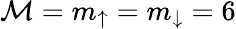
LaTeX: \mathcal{M}=m_{\uparrow}=m_{\downarrow}=6